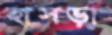
হাসড়া